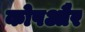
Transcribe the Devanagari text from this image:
कोषऔर